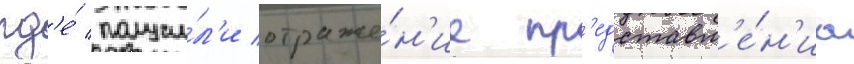
гд'е́ получи́л'и отраже́н'ие пр'едставл'е́н'иа